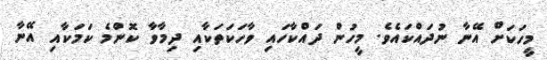
މީހަކަށް އޭނާ ނުދައްކައެވެ. މީހުން ދައްކާހައި ވާހަކަތަކާއި ދިމާވާ ކޮންމެ ކަމަކާއި އޭނާ